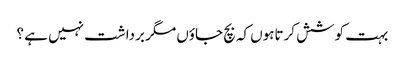
بہت کوشش کرتاہوں کہ بچ جاؤں مگر برداشت نہیں ہے ؟